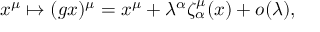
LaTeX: x ^ { \mu } \mapsto ( g x ) ^ { \mu } = x ^ { \mu } + \lambda ^ { \alpha } \zeta _ { \alpha } ^ { \mu } ( x ) + o ( \lambda ) ,